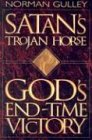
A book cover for Satan's Trojan Horse: God's End-Time Victory; Norman Gulley; Christian Books & Bibles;